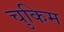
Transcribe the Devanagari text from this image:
चुकिम